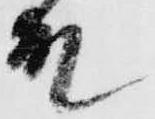
殿